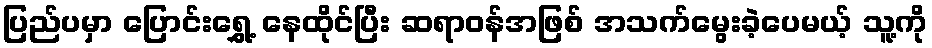
ပြည်ပမှာ ပြောင်းရွှေ့ နေထိုင်ပြီး ဆရာဝန်အဖြစ် အသက်မွေးခဲ့ပေမယ့် သူ့ကို